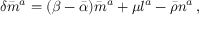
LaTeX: \delta { \bar { m } } ^ { a } = ( \beta - { \bar { \alpha } } ) { \bar { m } } ^ { a } + \mu l ^ { a } - { \bar { \rho } } n ^ { a } \, ,